Vaccination in Burma 1912-1922 - 1912-1922
Year: 1912
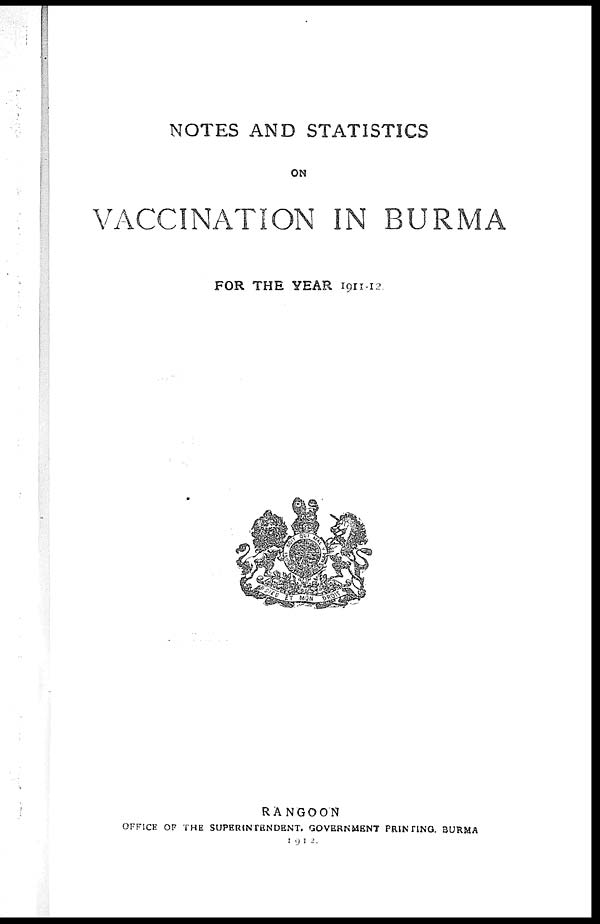
NOTES AND STATISTICS
ON
VACCINATION IN BURMA
FOR THE YEAR 1911-12.
RANGOON
OFFICE OF THE SUPERINTENDENT, GOVERNMENT PRINTING, BURMA
1912.